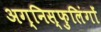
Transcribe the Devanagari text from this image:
अग्निस्फुलिंगों